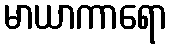
မာယာကာရော